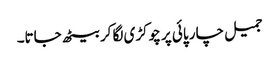
جمیل چار پائی پر چوکڑی لگا کر بیٹھ جاتا۔